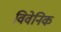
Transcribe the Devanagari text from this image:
विवेनिक